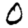
Digit: 0